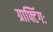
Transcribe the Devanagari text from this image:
ग्राफ्टिंगः